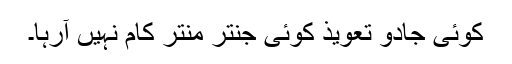
کوئی جادو تعویذ کوئی جنتر منتر کام نہیں آرہا۔